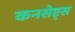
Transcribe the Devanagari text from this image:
कनसेप्ट्स